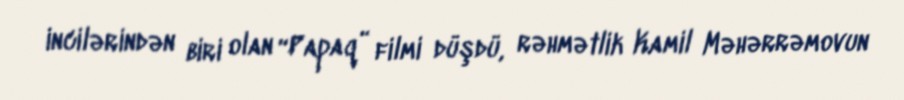
incilərindən biri olan “Papaq” filmi düşdü, rəhmətlik Kamil Məhərrəmovun